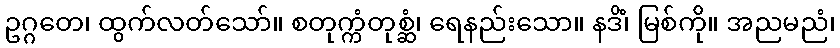
ဥဂ္ဂတေ၊ ထွက်လတ်သော်။ စတုက္ကံတုစ္ဆံ၊ ရေနည်းသော။ နဒိံ၊ မြစ်ကို။ အညမညံ၊